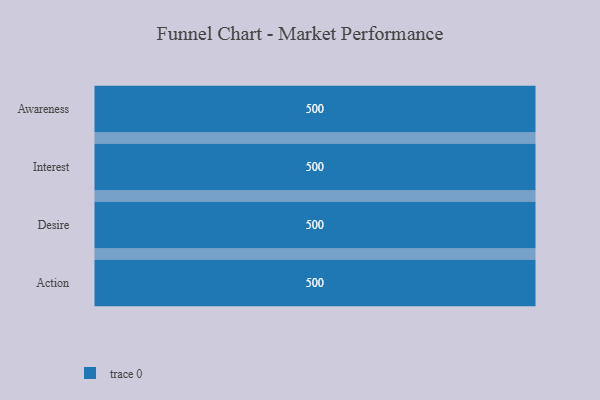
{"axis": {"x": "Stage", "y": "Value"}, "legend": [""], "data": [{"x": "Awareness", "y": 500, "type": ""}, {"x": "Interest", "y": 500, "type": ""}, {"x": "Desire", "y": 500, "type": ""}, {"x": "Action", "y": 500, "type": ""}]}